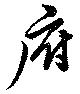
府